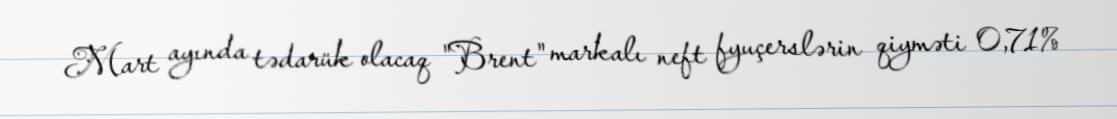
Mart ayında tədarük olacaq "Brent" markalı neft fyuçerslərin qiyməti 0,71%